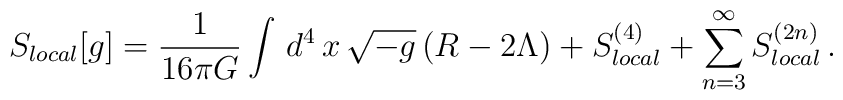
S_{local}[g] = {1\over 16\pi G}\int\,d^4\,x\,\sqrt{-g}\,(R-2\Lambda) +S_{local}^{(4)} + \sum_{n=3}^{\infty} S_{local}^{(2n)}\,.